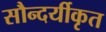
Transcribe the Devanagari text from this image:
सौन्दर्यीकृत